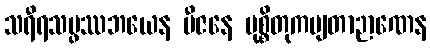
သရီရသမ္ဖဿဘယေန ဗီဇနေ မုစ္စိတုကမျတာဉာဏေန